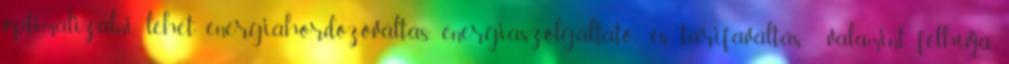
optimalizálni lehet energiahordozóváltás, energiaszolgáltató- és tarifaváltás , valamint felhívja